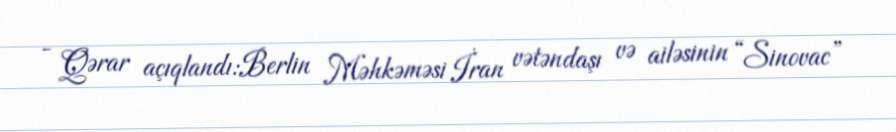
- Qərar açıqlandı:Berlin Məhkəməsi İran vətəndaşı və ailəsinin “Sinovac”